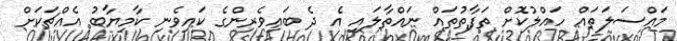
މައްސަލަތައް ހައްލުކޮށް ތަފާތުތައް ނައްތާލައި އެ ދެ ބައިވެރިންގެ ކައިވެނި ކާމިޔާބު އެއްޗަކަށް